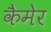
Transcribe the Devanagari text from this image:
कैमेर